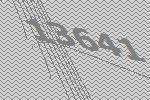
13641